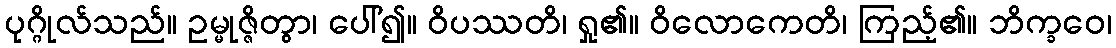
ပုဂ္ဂိုလ်သည်။ ဥမ္မုဇ္ဇိတွာ၊ ပေါ်၍။ ဝိပဿတိ၊ ရှု၏။ ဝိလောကေတိ၊ ကြည့်၏။ ဘိက္ခဝေ၊